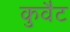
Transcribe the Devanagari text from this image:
कुवैट